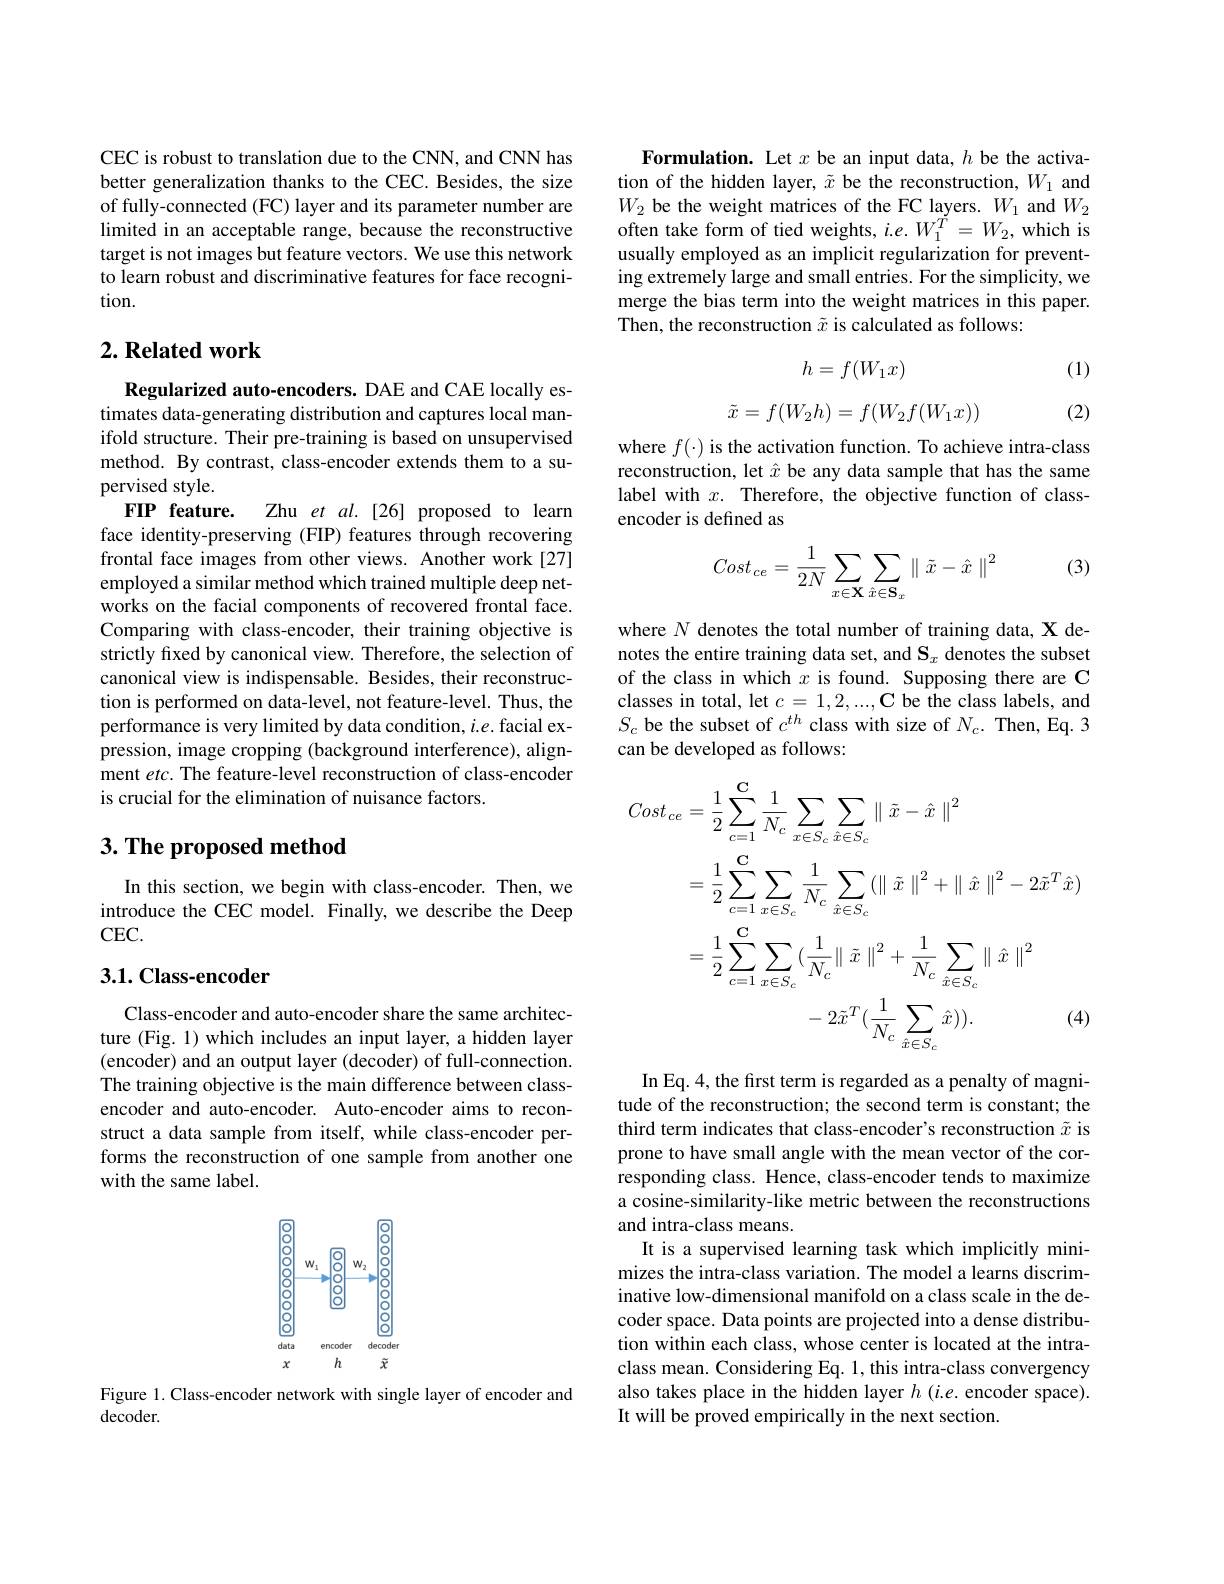
CEC is robust to translation due to the CNN, and CNN has better generalization thanks to the CEC. Besides, the size of fully-connected (FC) layer and its parameter number are limited in an acceptable range, because the reconstructive target is not images but feature vectors. We use this network to learn robust and discriminative features for face recognition.

## $2. \textbf{Related work}$

Regularized auto-encoders. DAE and CAE locally estimates data-generating distribution and captures local manifold structure. Their pre-training is based on unsupervised method. By contrast, class-encoder extends them to a supervised style.
FIP feature.
Zhu et al.[26] proposed to learn
face identity-preserving (FIP) features through recovering frontal face images from other views. Another work[27] employed a similar method which trained multiple deep networks on the facial components of recovered frontal face. Comparing with class-encoder, their training objective is strictly fixed by canonical view. Therefore, the selection of canonical view is indispensable. Besides, their reconstruction is performed on data-level, not feature-level. Thus, the performance is very limited by data condition, $i.e.$ facial expression, image cropping (background interference), alignment $etc.$ The feature-level reconstruction of class-encoder is crucial for the elimination of nuisance factors.

## $3. \textbf{ The proposed method}$

In this section, we begin with class-encoder. Then, we introduce the CEC model. Finally, we describe the Deep CEC.

## 3.1. Class-encoder

Class-encoder and auto-encoder share the same architecture (Fig. 1) which includes an input layer, a hidden layer (encoder) and an output layer (decoder) of full-connection. The training objective is the main difference between classencoder and auto-encoder. Auto-encoder aims to reconstruct a data sample from itself, while class-encoder performs the reconstruction of one sample from another one with the same label.

<FigureHere>

Figure 1. Class-encoder network with single layer of encoder and
decoder.

Formulation. Let $x$ be an input data, $h$ be the activation of the hidden layer, $\tilde{x}$ be the reconstruction, $W_1$ and $W_{2}$ be the weight matrices of the FC layers. $W_1$ and $W_2$ often take form of tied weights, $i.e.W_1^{T}=W_2$, which is usually employed as an implicit regularization for preventing extremely large and small entries. For the simplicity, we merge the bias term into the weight matrices in this paper. Then, the reconstruction $\tilde{x}$ is calculated as follows:

(1)
$$h=f(W_1x)$$
$$\tilde{x}=f(W_2h)=f(W_2f(W_1x))$$
(2)

where $f(\cdot)$ is the activation function. To achieve intra-class reconstruction, let $\hat{x}$ be any data sample that has the same label with $x.$ Therefore, the objective function of classencoder is defined as

(3)
$$Cost_{ce}=\frac{1}{2N}\sum_{x\in\mathbf{X}}\sum_{\hat{x}\in\mathbf{S}_{x}}\parallel\tilde{x}-\hat{x}\parallel^{2}$$
where $N$ denotes the total number of training data, X denotes the entire training data set, and $\mathbf{S}_x$ denotes the subset of the class in which $x$ is found. Supposing there are C classes in total, let $c= 1, 2, . . . , \textbf{C be the class labels, and}$ $S_c$ be the subset of $c^th$ class with size of $N_c.$ Then, Eq.3 can be developed as follows:
$$\begin{aligned}Cost_{ce}&=\frac{1}{2}\sum_{c=1}^{\mathrm{C}}\frac{1}{N_{c}}\sum_{x\in S_{c}}\sum_{x\in S_{c}}\parallel\tilde{x}-\hat{x}\parallel^{2}\\&=\frac{1}{2}\sum_{c=1}^{\mathrm{C}}\sum_{x\in S_{c}}\frac{1}{N_{c}}\sum_{\hat{x}\in S_{c}}(\parallel\tilde{x}\parallel^{2}+\parallel\hat{x}\parallel^{2}-2\tilde{x}^{T}\hat{x})\\&=\frac{1}{2}\sum_{c=1}^{\mathrm{C}}\sum_{x\in S_{c}}(\frac{1}{N_{c}}\parallel\tilde{x}\parallel^{2}+\frac{1}{N_{c}}\sum_{\hat{x}\in S_{c}}\parallel\hat{x}\parallel^{2}\\&-2\tilde{x}^{T}(\frac{1}{N_{c}}\sum_{\hat{x}\in S_{c}}\hat{x})).&\text{(4)}\end{aligned}$$
In Eq. 4, the first term is regarded as a penalty of magnitude of the reconstruction; the second term is constant; the third term indicates that class-encoder's reconstruction $\tilde{x}$ is prone to have small angle with the mean vector of the corresponding class. Hence, class-encoder tends to maximize a cosine-similarity-like metric between the reconstructions and intra-class means.
It is a supervised learning task which implicitly minimizes the intra-class variation. The model a learns discriminative low-dimensional manifold on a class scale in the decoder space. Data points are projected into a dense distribution within each class, whose center is located at the intraclass mean. Considering Eq. 1, this intra-class convergency also takes place in the hidden layer $h$ (i.e. encoder space). It will be proved empirically in the next section